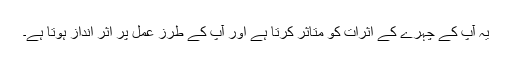
یہ آپ کے چہرے کے اثرات کو متاثر کرتا ہے اور آپ کے طرز عمل پر اثر انداز ہوتا ہے۔